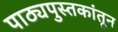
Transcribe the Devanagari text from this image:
पाठ्यपुस्तकांतून